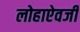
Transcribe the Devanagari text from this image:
लोहाऐवजी